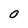
Character: O